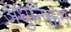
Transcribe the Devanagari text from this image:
अधुनिक्तम